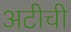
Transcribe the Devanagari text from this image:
अटीची